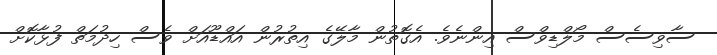
ސާވިސެސް މޯލްޑިވްސް އިންނެވެ. އެގޮތުން މާލޭގެ އިތުރުން އައްޑޫއަށް ވެސް ހިދުމަތް ފުޅާކޮށް